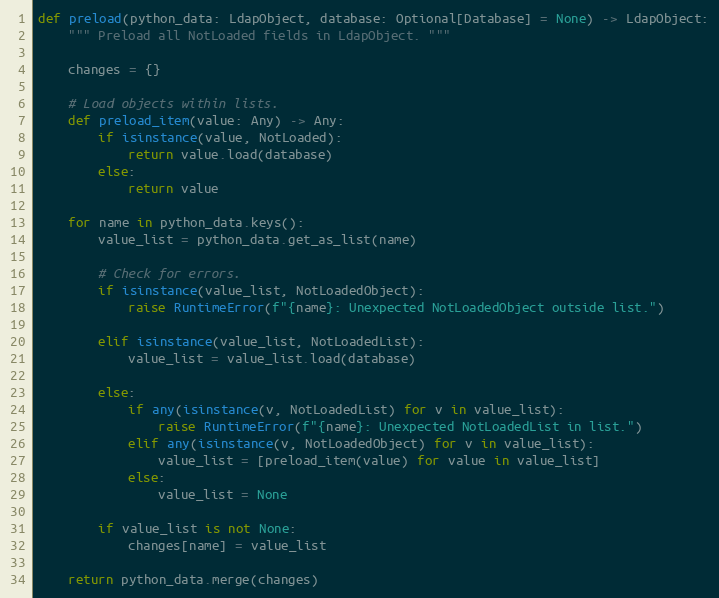
Language: Python
def preload(python_data: LdapObject, database: Optional[Database] = None) -> LdapObject:
    """ Preload all NotLoaded fields in LdapObject. """

    changes = {}

    # Load objects within lists.
    def preload_item(value: Any) -> Any:
        if isinstance(value, NotLoaded):
            return value.load(database)
        else:
            return value

    for name in python_data.keys():
        value_list = python_data.get_as_list(name)

        # Check for errors.
        if isinstance(value_list, NotLoadedObject):
            raise RuntimeError(f"{name}: Unexpected NotLoadedObject outside list.")

        elif isinstance(value_list, NotLoadedList):
            value_list = value_list.load(database)

        else:
            if any(isinstance(v, NotLoadedList) for v in value_list):
                raise RuntimeError(f"{name}: Unexpected NotLoadedList in list.")
            elif any(isinstance(v, NotLoadedObject) for v in value_list):
                value_list = [preload_item(value) for value in value_list]
            else:
                value_list = None

        if value_list is not None:
            changes[name] = value_list

    return python_data.merge(changes)